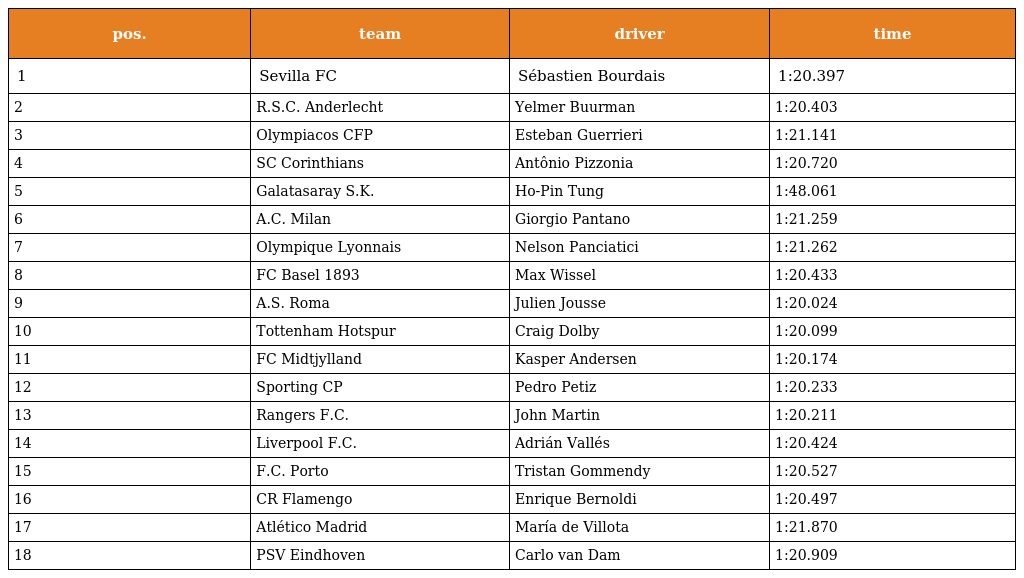
| pos. | team | driver | time |
 | --- | --- | --- | --- |
 | 1 | Sevilla FC | Sébastien Bourdais | 1:20.397 |
 | 2 | R.S.C. Anderlecht | Yelmer Buurman | 1:20.403 |
 | 3 | Olympiacos CFP | Esteban Guerrieri | 1:21.141 |
 | 4 | SC Corinthians | Antônio Pizzonia | 1:20.720 |
 | 5 | Galatasaray S.K. | Ho-Pin Tung | 1:48.061 |
 | 6 | A.C. Milan | Giorgio Pantano | 1:21.259 |
 | 7 | Olympique Lyonnais | Nelson Panciatici | 1:21.262 |
 | 8 | FC Basel 1893 | Max Wissel | 1:20.433 |
 | 9 | A.S. Roma | Julien Jousse | 1:20.024 |
 | 10 | Tottenham Hotspur | Craig Dolby | 1:20.099 |
 | 11 | FC Midtjylland | Kasper Andersen | 1:20.174 |
 | 12 | Sporting CP | Pedro Petiz | 1:20.233 |
 | 13 | Rangers F.C. | John Martin | 1:20.211 |
 | 14 | Liverpool F.C. | Adrián Vallés | 1:20.424 |
 | 15 | F.C. Porto | Tristan Gommendy | 1:20.527 |
 | 16 | CR Flamengo | Enrique Bernoldi | 1:20.497 |
 | 17 | Atlético Madrid | María de Villota | 1:21.870 |
 | 18 | PSV Eindhoven | Carlo van Dam | 1:20.909 |